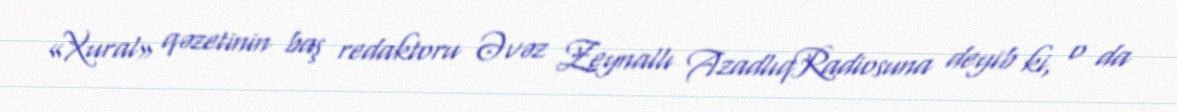
«Xural» qəzetinin baş redaktoru Əvəz Zeynallı AzadlıqRadiosuna deyib ki, o da